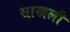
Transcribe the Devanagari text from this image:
साखली